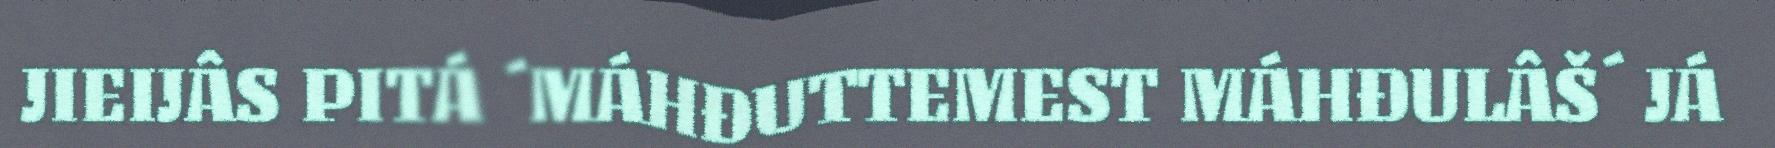
JIEIJÂS PITÁ ´MÁHĐUTTEMEST MÁHĐULÂŠ´ JÁ